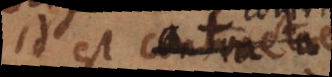
id est contracta